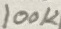
Text: 100K